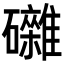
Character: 𥗭